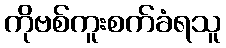
ကိုဗစ်ကူးစက်ခံရသူ